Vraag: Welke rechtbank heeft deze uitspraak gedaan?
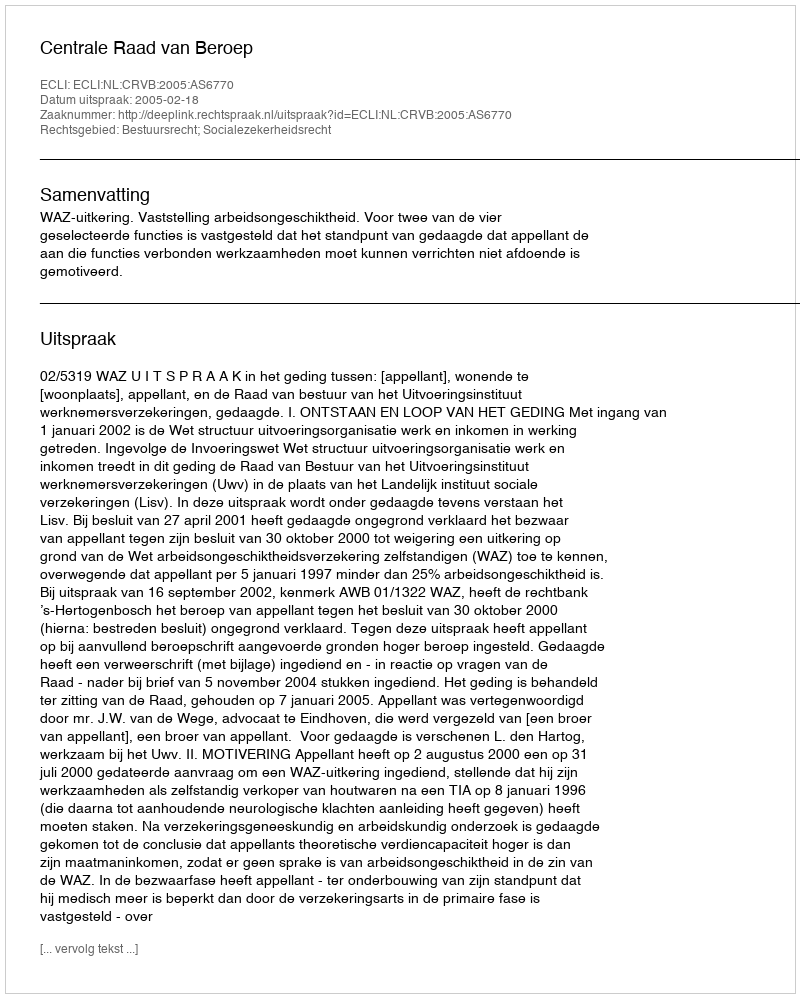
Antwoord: Centrale Raad van Beroep